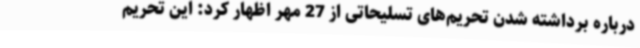
درباره برداشته شدن تحریم‌های تسلیحاتی از 27 مهر اظهار کرد: این تحریم